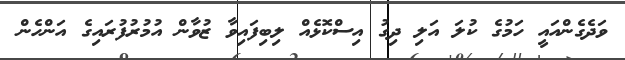
ވަދެގެންއައީ ހަމުގެ ކުލަ އަލި ދިގު އިސްކޮޅެއް ލިބިފައިވާ ޒުވާން އުމުރުފުރައިގެ އަންހެން